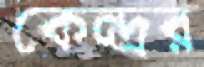
কেন্দ্রর